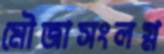
মৌজাসংলগ্ন